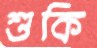
শুকি